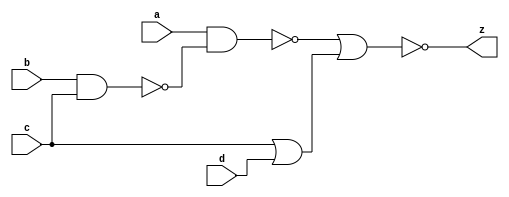
// Combinational Timing Analysis circuit
`timescale 1ns/1ps
module combotime(a,b,c,d,z);
	input a,b,c,d;
	output z;
	
	nand #(1,2) a2(w,b,c);
	nand #(1,2) a1(x,a,w);
	or #(2.5,5) o1(y,c,d);
	nor #(4,0.5) o2(z,x,y);
endmodule